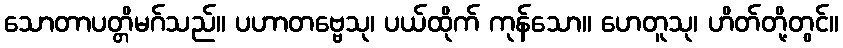
သောတာပတ္တိမဂ်သည်။ ပဟာတဗ္ဗေသု၊ ပယ်ထိုက် ကုန်သော။ ဟေတူသု၊ ဟိတ်တို့တွင်။